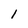
Character: 1